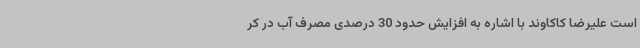
است علیرضا کاکاوند با اشاره به افزایش حدود 30 درصدی مصرف آب در کر